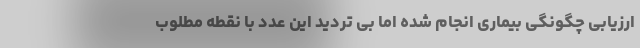
ارزیابی چگونگی بیماری انجام شده اما بی تردید این عدد با نقطه مطلوب